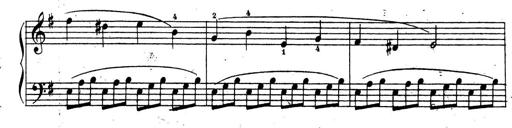
Title: 10 Sonatinas
Composer: Fritz Spindler